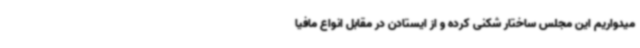
میدواریم این مجلس ساختار شکنی کرده و از ایستادن در مقابل انواع مافیا